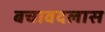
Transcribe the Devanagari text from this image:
बचावदलास